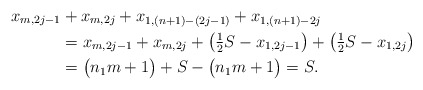
\begin{align*}x_{m,2j-1} &+ x_{m,2j} + x_{1,(n+1)-(2j-1)} + x_{1,(n+1)-2j} \\&= x_{m,2j-1} + x_{m,2j} + \bigl( \tfrac{1}{2} S - x_{1,2j-1} \bigr) + \bigl( \tfrac{1}{2} S - x_{1,2j} \bigr) \\&= \bigl( n_1 m +1 \bigr) + S - \bigl( n_1 m +1 \bigr) =S.\end{align*}